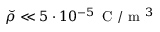
\breve { \rho } \ll 5 \cdot 1 0 ^ { - 5 } \, \textrm { C } / \textrm { m } ^ { 3 }